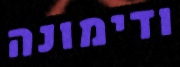
ודימונה